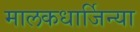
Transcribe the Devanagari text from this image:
मालकधार्जिन्या